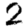
Digit: 2